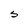
Character: S